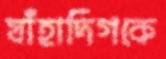
যাঁহাদিগকে